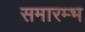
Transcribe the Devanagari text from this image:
समारम्भ